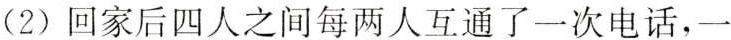
(2)回家后四人之间每两人互通了一次电话，一